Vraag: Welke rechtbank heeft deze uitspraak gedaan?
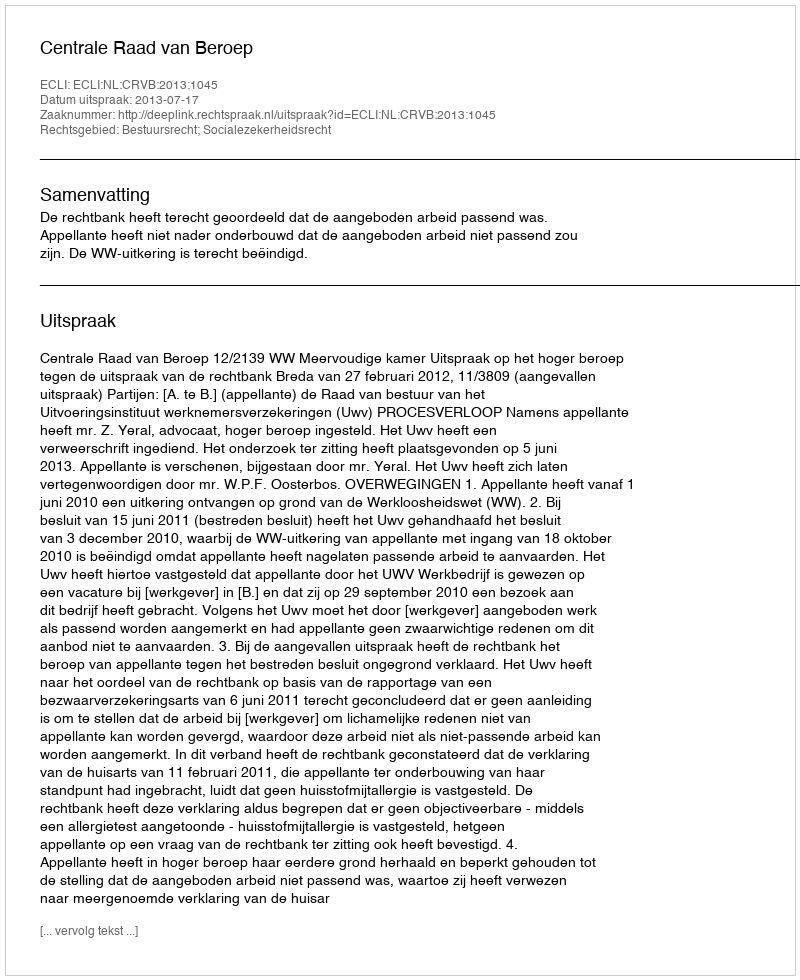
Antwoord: Centrale Raad van Beroep